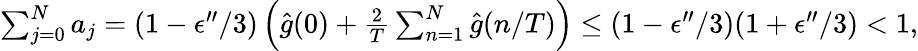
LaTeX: \begin{array}{r}{\sum_{j=0}^{N}a_{j}=(1-\epsilon^{\prime\prime}/3)\left(\hat{g}(0)+\frac{2}{T}\sum_{n=1}^{N}\hat{g}(n/T)\right)\le(1-\epsilon^{\prime\prime}/3)(1+\epsilon^{\prime\prime}/3)<1,}\end{array}